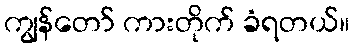
ကျွန်တော် ကားတိုက် ခံရတယ်။